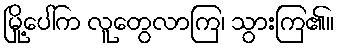
မြို့ပေါ်က လူတွေလာကြ၊ သွားကြ၏။